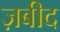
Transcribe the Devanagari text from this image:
ज़बीद